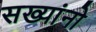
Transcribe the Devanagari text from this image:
सख्यांनो